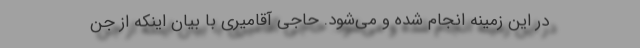
در این زمینه انجام شده و می‌شود. حاجی آقامیری با بیان اینکه از جن